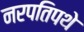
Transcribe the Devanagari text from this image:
नरपतिपथे